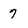
Character: 7